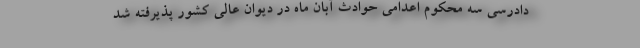
دادرسی سه محکوم اعدامی حوادث آبان ماه در دیوان عالی کشور پذیرفته شد